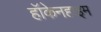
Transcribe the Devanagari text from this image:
हॉकेनहाइम